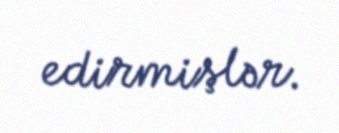
edirmişlər.